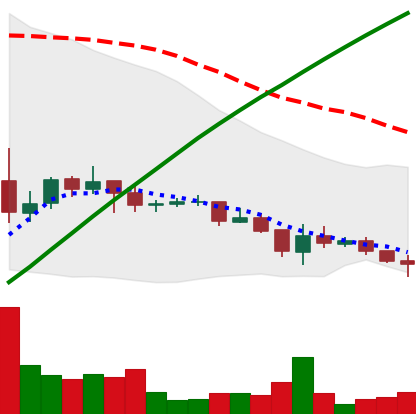
Ticker: DOGE-USD
Chart end date: 2021-07-14
Forward return: -12.045%
Label: down_7plus